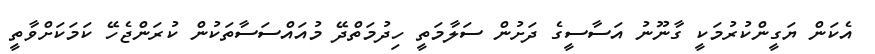
އެކަން ޔަގީންކުރުމަކީ ގާނޫނު އަސާސީގެ ދަށުން ސަލާމަތީ ހިދުމަތްދޭ މުއައްސަސާތަކުން ކުރަންޖެހޭ ކަމަކަށްވާތީ